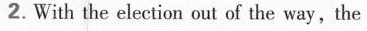
2.With the election out of the way,the